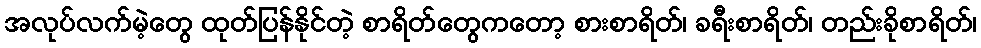
အလုပ်လက်မဲ့တွေ ထုတ်ပြန်နိုင်တဲ့ စာရိတ်တွေကတော့ စားစာရိတ်၊ ခရီးစာရိတ်၊ တည်းခိုစာရိတ်၊